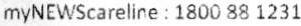
MYNEWSCARELINE : 1800 88 1231